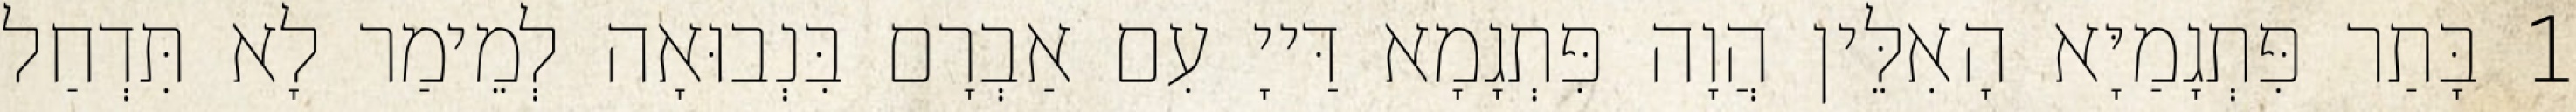
1 בָּתַר פִּתְגָמַיָּא הָאִלֵּין הֲוָה פִּתְגָמָא דַּייָ עִם אַבְרָם בִּנְבוּאָה לְמֵימַר לָא תִּדְחַל